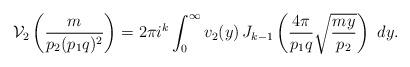
LaTeX: \begin{align*}\mathcal{V}_2\left( \frac{m}{p_2(p_1q)^2}\right) = 2\pi i^k \int_0^ \infty v_2(y)\, J_{k-1} \left( \frac{4\pi}{p_1q}\sqrt{\frac{my}{p_2}} \right) \ { d} y. \end{align*}